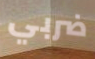
ضربي